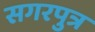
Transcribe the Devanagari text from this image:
सगरपुत्र